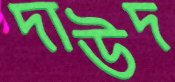
দাউদ